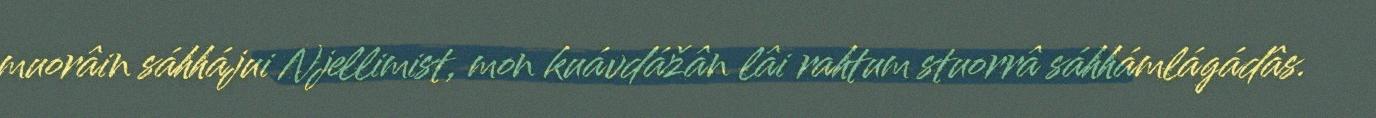
muorâin sáhhájui Njellimist, mon kuávdážân lâi rahtum stuorrâ sáhhámlágádâs.